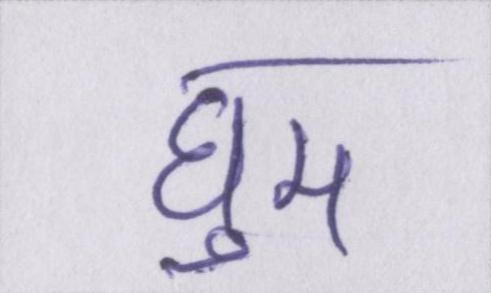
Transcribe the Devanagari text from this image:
घुम